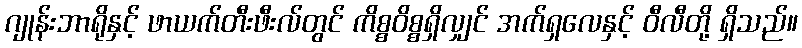
ဂျုန်းဘာရိုနှင့် ဖာယက်တီးဖီးလ်တွင် ကိစ္စဝိစ္စရှိလျှင် အက်ရှလေနှင့် ဝီလီတို့ ရှိသည်။